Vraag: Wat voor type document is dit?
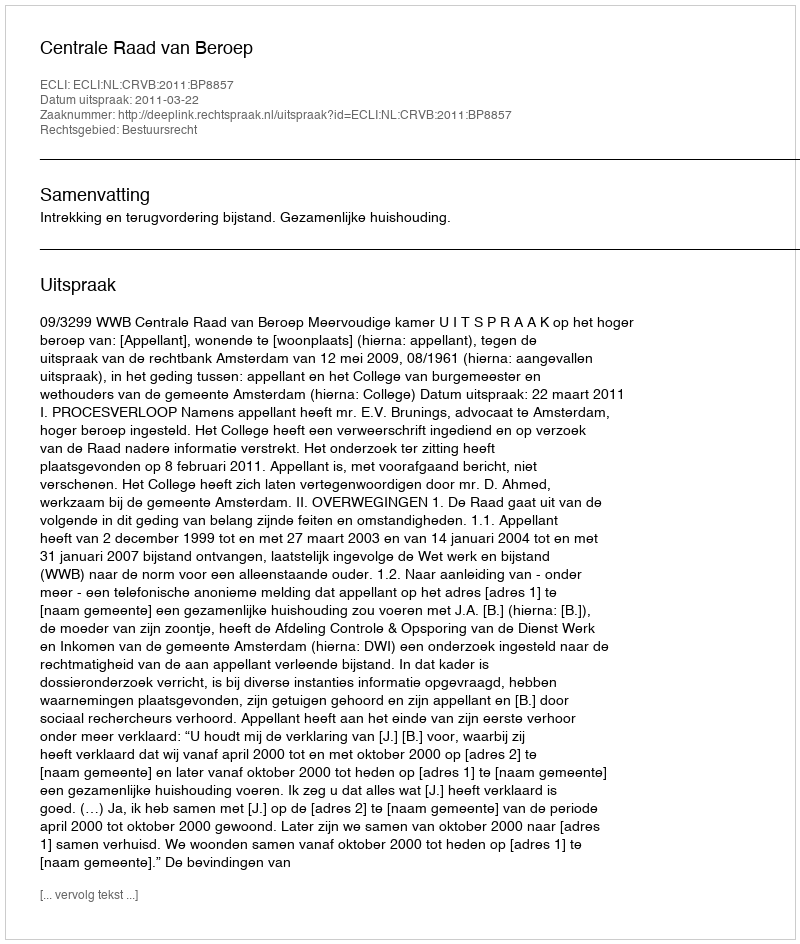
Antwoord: Uitspraak